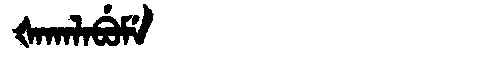
Manchu: ᡧᠠᡴᠠᠯᠠᠪᡠᠮᡝ
Romanization: ŠAKALABUME